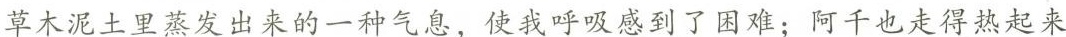
草木泥土里蒸发出来的一种气息，使我的呼吸感到了困难；阿千也走得热起来